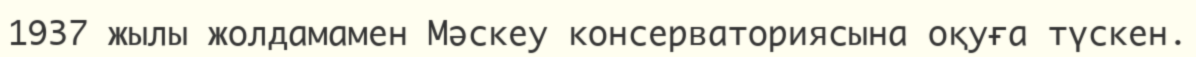
1937 жылы жолдамамен Мәскеу консерваториясына оқуға түскен.